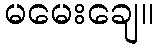
မမေးချေ။